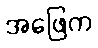
အဖြေက